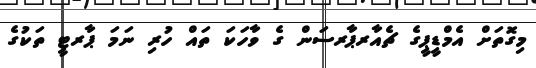
މިގޮތަށް އެމްޑީޕީގެ ޗެއާރޕާރސަން ގެ ވާހަކަ ތައް ހުރި ނަމަ ޕާރޓީ ތަކުގެ